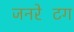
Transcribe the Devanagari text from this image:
जनरेटिंग